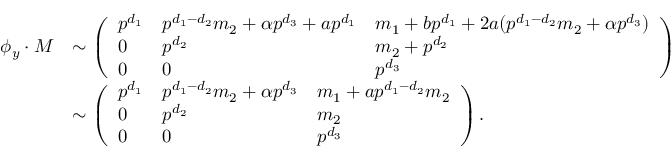
\begin{array} { r l } { \phi _ { y } \cdot M } & { \sim \left( \begin{array} { l l l } { p ^ { d _ { 1 } } } & { p ^ { d _ { 1 } - d _ { 2 } } m _ { 2 } + \alpha p ^ { d _ { 3 } } + a p ^ { d _ { 1 } } } & { m _ { 1 } + b p ^ { d _ { 1 } } + 2 a ( p ^ { d _ { 1 } - d _ { 2 } } m _ { 2 } + \alpha p ^ { d _ { 3 } } ) } \\ { 0 } & { p ^ { d _ { 2 } } } & { m _ { 2 } + p ^ { d _ { 2 } } } \\ { 0 } & { 0 } & { p ^ { d _ { 3 } } } \end{array} \right) } \\ & { \sim \left( \begin{array} { l l l } { p ^ { d _ { 1 } } } & { p ^ { d _ { 1 } - d _ { 2 } } m _ { 2 } + \alpha p ^ { d _ { 3 } } } & { m _ { 1 } + a p ^ { d _ { 1 } - d _ { 2 } } m _ { 2 } } \\ { 0 } & { p ^ { d _ { 2 } } } & { m _ { 2 } } \\ { 0 } & { 0 } & { p ^ { d _ { 3 } } } \end{array} \right) . } \end{array}